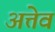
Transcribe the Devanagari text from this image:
अत्तेव